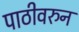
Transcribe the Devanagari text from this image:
पाठीवरुन